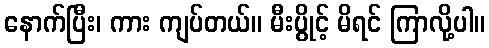
နောက်ပြီး၊ ကား ကျပ်တယ်။ မီးပွိုင့် မိရင် ကြာလို့ပါ။